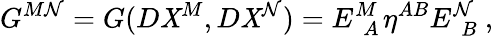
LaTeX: G^{M\mathcal{N}}=G(D\mathit{X}^{M},D\mathit{X}^{\mathcal{N}})=E_{~~A}^{M~}\eta^{AB}E_{~~B}^{\mathcal{N}}~,